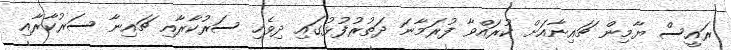
ރައީސް ޔާމިން ޗައިނާއަށް ކުރައްވާ ފުރަމާނަ ދަތުރުފުޅުގައި ދިވެހި ސަރުކާރާއި ޗައިނާ ސަރުކާރާއި